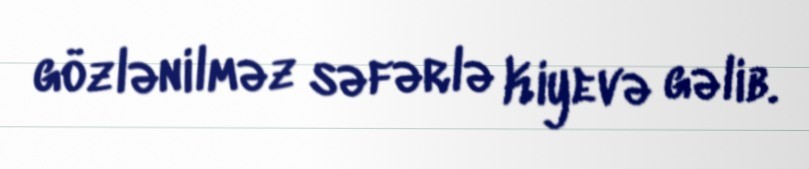
gözlənilməz səfərlə Kiyevə gəlib.